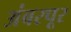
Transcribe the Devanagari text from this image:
अंबरपूर